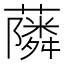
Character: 𮒧